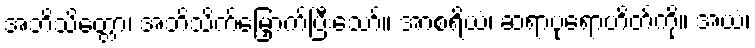
အဘိသိတ္တော၊ အဘိသိက်မြှောက်ပြီးသော်။ အာစရိယံ၊ ဆရာပုရောဟိတ်ကို။ အယံ၊